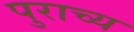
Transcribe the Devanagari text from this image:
पुराच्य